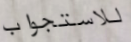
للاستجواب